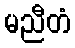
မညီတံ